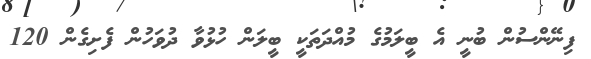
ފިނޭންސުން ބުނީ އެ ބީލަމުގެ މުއްދަތަކީ ބީލަން ހުޅުވާ ދުވަހުން ފެށިގެން 120